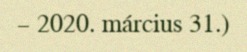
– 2020. március 31.)